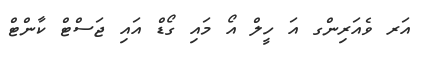
އަރ ވެއަރިންގ އަ ހީލް އޯ މައި ގޯޑް އައި ޖަސްޓް ކާންޓް